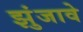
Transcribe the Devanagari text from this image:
झुंजावे